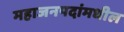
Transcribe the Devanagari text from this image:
महाजनपदांमधील